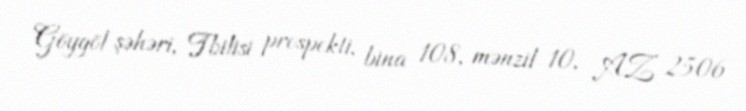
Göygöl şəhəri, Tbilisi prospekti, bina 108, mənzil 10, AZ 2506